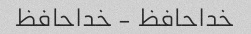
خداحافظ - خداحافظ